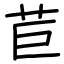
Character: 苣